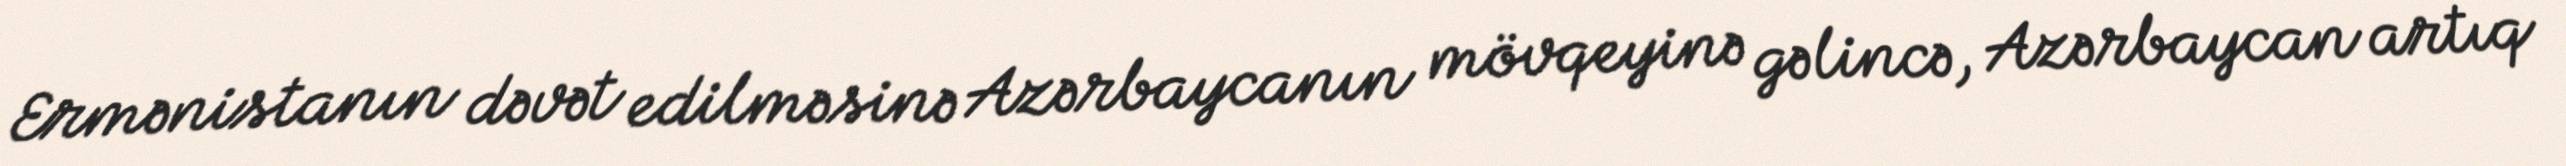
Ermənistanın dəvət edilməsinə Azərbaycanın mövqeyinə gəlincə, Azərbaycan artıq